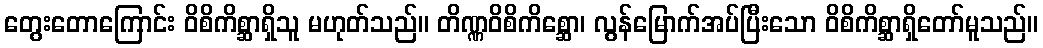
တွေးတောကြောင်း ဝိစိကိစ္ဆာရှိသူ မဟုတ်သည်။ တိဏ္ဏဝိစိကိစ္ဆော၊ လွန်မြောက်အပ်ပြီးသော ဝိစိကိစ္ဆာရှိတော်မူသည်။